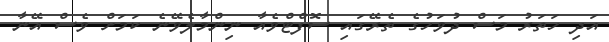
އަދި ހަތަރު މަސް ދުވަހުގެ ތެރޭގައި ސޮފްޓްވެއާ ނިންމާލެވޭނެ ކަމަށް ވެސް އޭނާ